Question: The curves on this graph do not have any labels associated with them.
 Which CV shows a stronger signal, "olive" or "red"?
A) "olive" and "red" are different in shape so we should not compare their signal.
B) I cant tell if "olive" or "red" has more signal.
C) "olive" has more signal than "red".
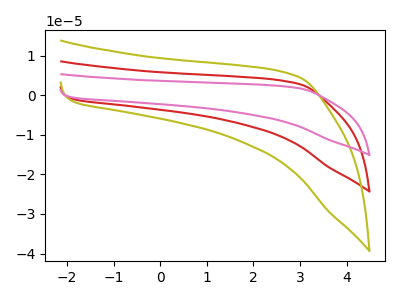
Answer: <think>The red curve "red" has no peaks. The olive curve "olive" has no peaks. The pink curve "pink" has no peaks.
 Neither "olive" or "red" have any peaks.</think>
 <answer>B) I cant tell if "olive" or "red" has more signal.</answer>
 <eval>B</eval>